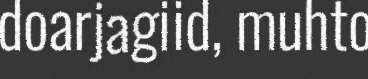
doarjagiid, muhto